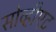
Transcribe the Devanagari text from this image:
सोव्हीएट